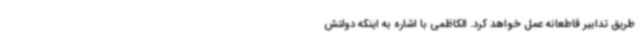
طریق تدابیر قاطعانه عمل خواهد کرد. الکاظمی با اشاره به اینکه دولتش